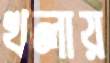
খলায়